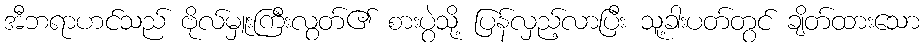
အီဘရာဟင်သည် ဗိုလ်မှူးကြီးလွတ်၏ စားပွဲသို့ ပြန်လှည့်လာပြီး သူ့ခါးပတ်တွင် ချိတ်ထားသော